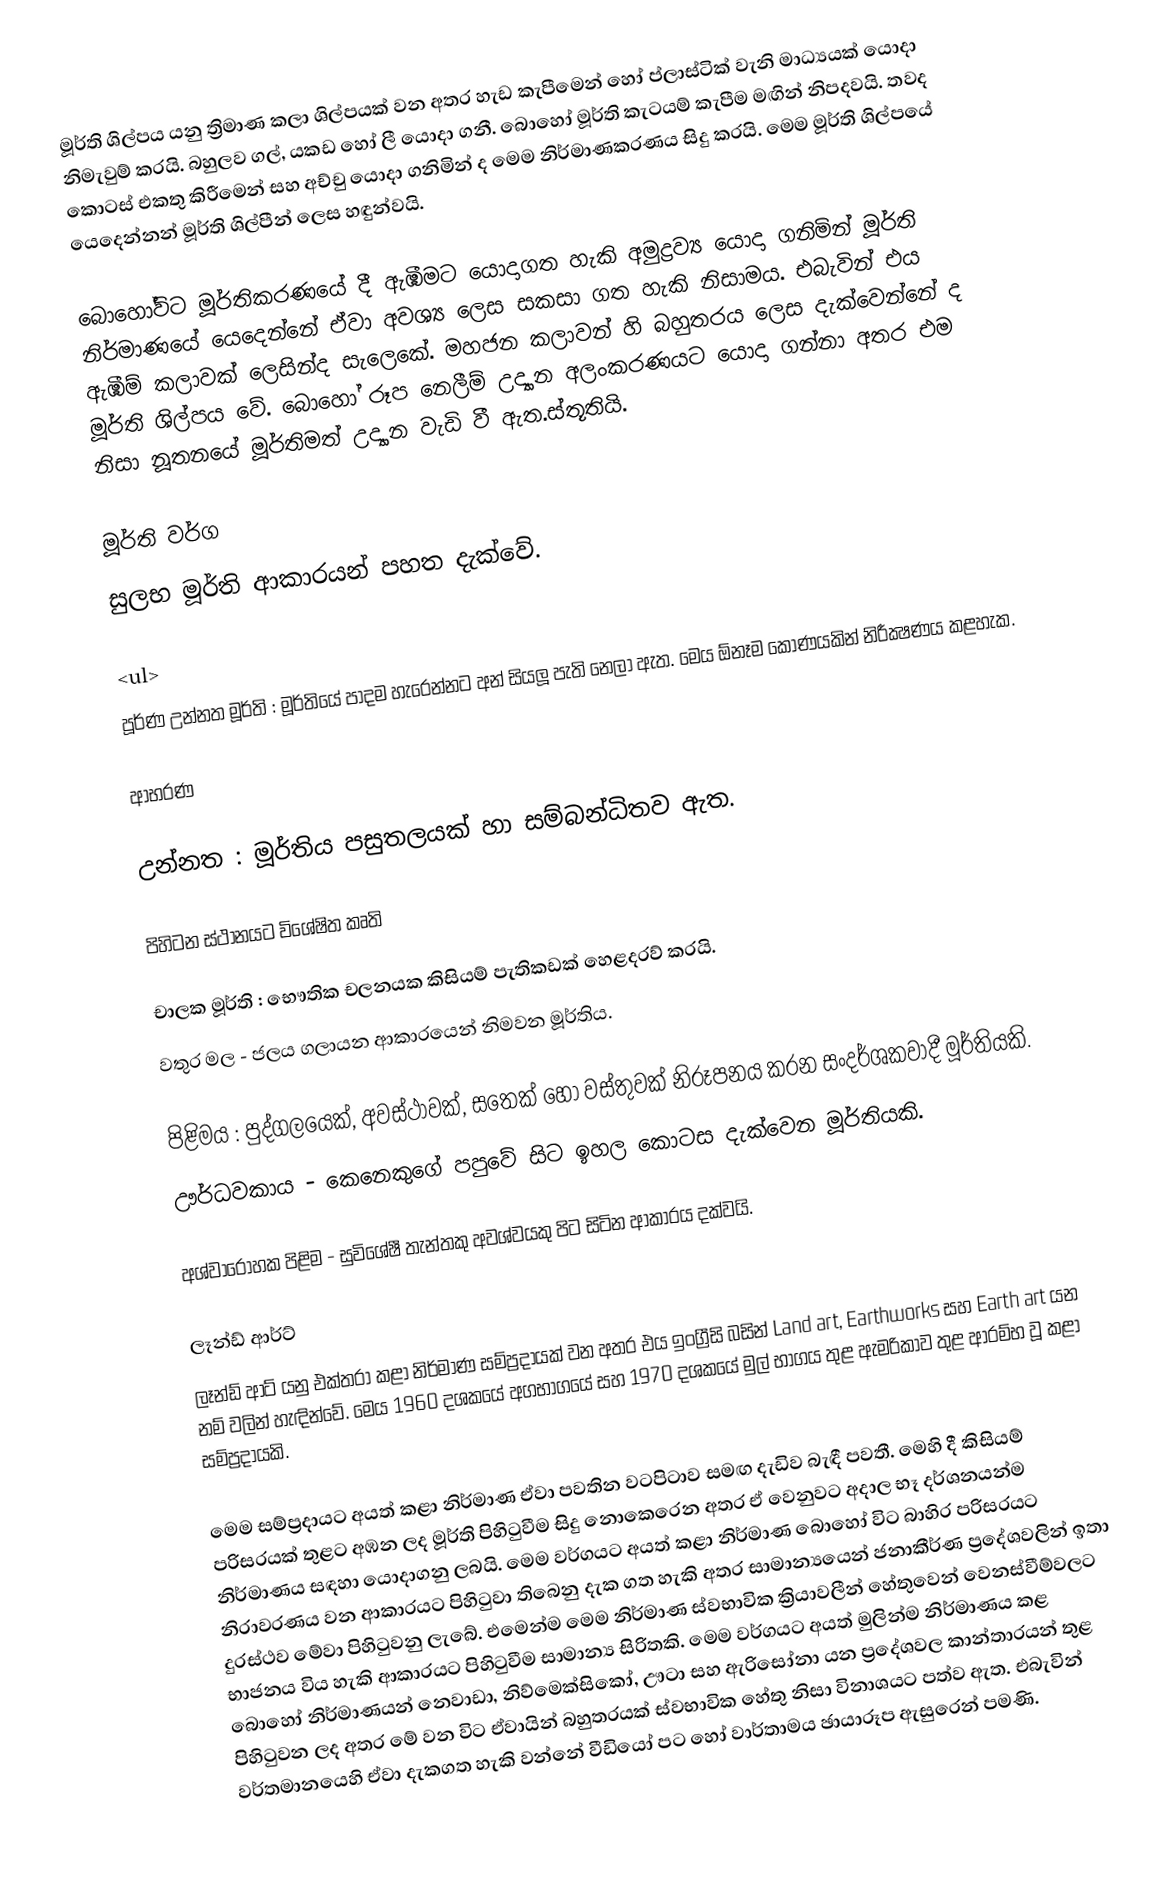
මූර්ති ශිල්පය යනු ත්‍රිමාණ කලා ශිල්පයක් වන අතර හැඩ කැපීමෙන් හෝ ප්ලාස්ටික් වැනි මාධ්‍යයක් යොදා නිමැවුම් කරයි. බහුලව ගල්, යකඩ හෝ ලී යොදා ගනී. බොහෝ මූර්ති කැටයම් කැපීම මඟින් නිපදවයි. තවද කොටස් එකතු කිරීමෙන් සහ අච්චු යොදා ගනිමින් ද මෙම නිර්මාණකරණය සිදු කරයි. මෙම මූර්ති ශිල්පයේ යෙදෙන්නන් මූර්ති ශිල්පීන් ලෙස හඳුන්වයි.

බො‍හෝවිට මූර්තිකරණයේ දී ඇඹීමට යොදාගත හැකි අමුද්‍රව්‍ය යොදා ගනිමින් මූර්ති නිර්මාණයේ යෙදෙන්නේ ඒවා අවශ්‍ය ලෙස සකසා ගත හැකි නිසාමය. එබැවින් එය ඇඹීම් කලාවක් ලෙසින්ද සැලෙකේ. මහජන කලාවන් හි බහුතරය ලෙස දැක්වෙන්නේ ද මූර්ති ශිල්පය වේ. බොහෝ රූප නෙලීම් උද්‍යාන අලංකරණයට යොදා ගන්නා අතර එම නිසා නූතනයේ මූර්තිමත් උද්‍යාන වැඩි වී ඇත.ස්තූතියි.

මූර්ති වර්ග
සුලභ මූර්ති ආකාරයන් පහත දැක්වේ.

<ul>
	පූර්ණ උන්නත මූර්ති : මූර්තියේ පාදම හැරෙන්නට අන් සියලූ පැති නෙලා ඇත. මෙය  ඕනෑම කෝණයකින් නිරීක්‍ෂණය කළහැක.

	ආභරණ

	උන්නත  : මූර්තිය පසුතලයක් හා සම්බන්ධිතව ඇත.

	පිහිටන ස්ථානයට විශේෂිත කෘති

	චාලක මූර්ති : භෞතික චලනයක කිසියම් පැතිකඩක් හෙළදරව් කරයි.
	වතුර මල -  ජලය ගලායන ආකාරයෙන් නිමවන මූර්තිය.

	පිළිමය : පුද්ගලයෙක්, අවස්ථාවක්, සතෙක් හෝ වස්තුවක් නිරූපනය කරන සංදර්ශකවාදී මූර්තියකි.
	ඌර්ධවකාය -  කෙනෙකුගේ පපුවේ සිට ඉහල කොටස දැක්වෙන මූර්තියකි.

	අශ්වාරෝහක පිළිම -  සුවිශේෂී තැන්තකු අවශ්වයකු පිට සිටින ආකාරය දක්වයි.

ලෑන්ඩ් ආර්ට්
ලෑන්ඩ් ආට් යනු එක්තරා කළා නිර්මාණ සම්ප්‍රදායක් වන අතර එය ඉංග්‍රීසි බසින් Land art, Earthworks සහ Earth art යන නම් වලින් හැඳින්වේ. මෙය 1960 දශකයේ අගභාගයේ සහ 1970 දශකයේ මුල් භාගය තුළ ඇමරිකාව තුළ ආරම්භ වූ කළා සම්ප්‍රදායකි.

මෙම සම්ප්‍රදායට අයත් කළා නිර්මාණ ඒවා පවතින වටපිටාව සමඟ දැඩිව බැඳී පවතී. මෙහි දී කිසියම් පරිසරයක් තුළට අඹන ලද  මූර්ති පිහිටුවීම සිදු නොකෙරෙන අතර ඒ වෙනුවට අදාල භෑ දර්ශනයන්ම නිර්මාණය සඳහා යොදාගනු ලබයි. මෙම වර්ගයට අයත් කළා නිර්මාණ බොහෝ විට බාහිර පරිසරයට නිරාවරණය වන ආකාරයට පිහිටුවා තිබෙනු දැක ගත හැකි අතර සාමාන්‍යයෙන් ජනාකීර්ණ ප්‍රදේශවලින් ඉතා දුරස්ථව මේවා පිහිටුවනු ලැබේ. එමෙන්ම මෙම නිර්මාණ ස්වභාවික ක්‍රියාවලීන් හේතුවෙන් වෙනස්වීම්වලට භාජනය විය හැකි ආකාරයට පිහිටුවීම සාමාන්‍ය සිරිතකි. මෙම වර්ගයට අයත් මුලින්ම නිර්මාණය කළ බොහෝ නිර්මාණයන් නෙවාඩා, නිව්‍මෙක්සිකෝ, ඌටා සහ ඇරිසෝනා යන ප්‍රදේශවල කාන්තාරයන් තුළ පිහිටුවන ලද අතර මේ වන විට ඒවායින් බහුතරයක් ස්වභාවික හේතු නිසා විනාශයට පත්ව ඇත. එබැවින් වර්තමානයෙහි ඒවා දැකගත හැකි වන්නේ වීඩියෝ පට හෝ වාර්තාමය ඡායාරූප ඇසුරෙන් පමණි.